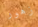
زهور